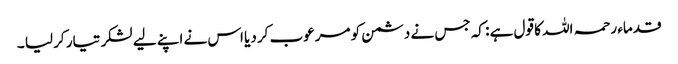
قدماء رحمہ اللہ کا قول ہے : کہ جس نے دشمن کو مرعوب کر دیا اس نے اپنے لیے لشکر تیار کر لیا ۔